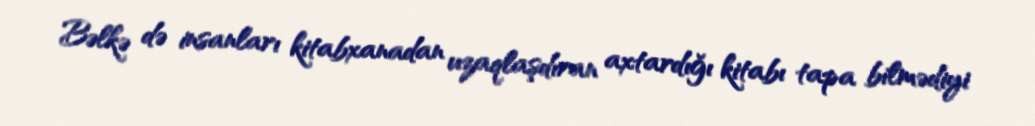
Bəlkə də insanları kitabxanadan uzaqlaşdıran axtardığı kitabı tapa bilmədiyi